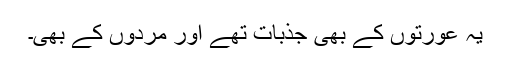
یہ عورتوں کے بھی جذبات تھے اور مَردوں کے بھی۔